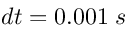
d t = 0 . 0 0 1 \; s